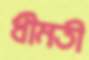
ধীমতী